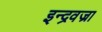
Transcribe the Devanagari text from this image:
इन्द्रवज्रा